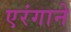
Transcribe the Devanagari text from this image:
एरंगाने